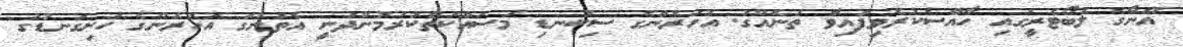
އޭނާގެ ލެބޯޓެރީގައި ހާއްސަކުރެވިފައިވާ ތަނެއްގަ. އަހަރެންގެ ސިކުނޑި މަސައްކަތްކުރަމުންދަނީ އެތަނުގަ އަހަރެންގެ ހަށިގަނޑުގަ